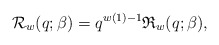
\begin{gather*} {\cal{R}}_{w}(q;\beta) = q^{w(1)-1} \mathfrak{R}_{w}(q;\beta),\end{gather*}